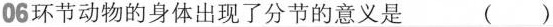
06环节动物的身体出现了分节的意义是 ( )